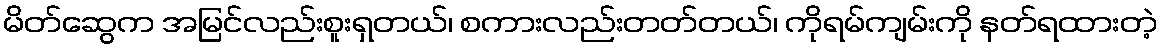
မိတ်ဆွေက အမြင်လည်းစူးရှတယ်၊ စကားလည်းတတ်တယ်၊ ကိုရမ်ကျမ်းကို နတ်ရထားတဲ့